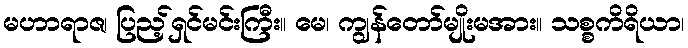
မဟာရာဇ၊ ပြည့်ရှင်မင်းကြီး။ မေ၊ ကျွန်တော်မျိုးမအား။ သစ္စကိရိယာ၊